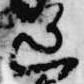
送